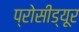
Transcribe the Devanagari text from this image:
प्रोसीड्यूर